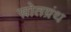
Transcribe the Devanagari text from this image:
स्रोतग्रंथ